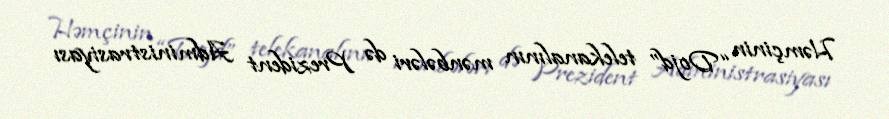
Həmçinin “Dojd” telekanalının mənbələri də Prezident Administrasiyası